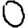
Digit: 0